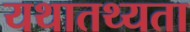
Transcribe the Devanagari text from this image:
यथातथ्‍यता